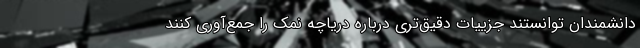
دانشمندان توانستند جزییات دقیق‌تری درباره دریاچه نمک را جمع‌آوری کنند